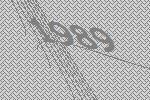
1989